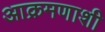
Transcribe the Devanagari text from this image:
आक्रमणाशी